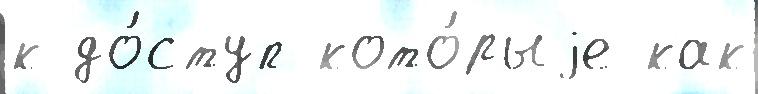
к до́ступ кото́рыjе как